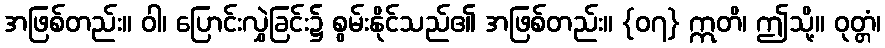
အဖြစ်တည်း။ ဝါ၊ ပြောင်းလွှဲခြင်း၌ စွမ်းနိုင်သည်၏ အဖြစ်တည်း။ {၀၇} ဣတိ၊ ဤသို့။ ဝုတ္တံ၊